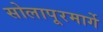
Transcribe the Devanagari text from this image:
सोलापूरमार्गे